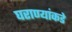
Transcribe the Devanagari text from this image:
घराण्यांकडे